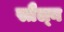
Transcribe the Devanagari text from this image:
स्तैल्न